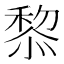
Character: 𥠖